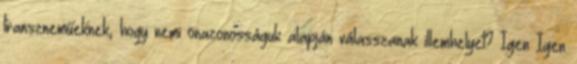
transzneműeknek, hogy nemi önazonosságuk alapján válasszanak illemhelyet? Igen Igen